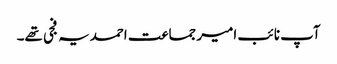
آپ نائب امیر جماعت احمدیہ فجی تھے۔